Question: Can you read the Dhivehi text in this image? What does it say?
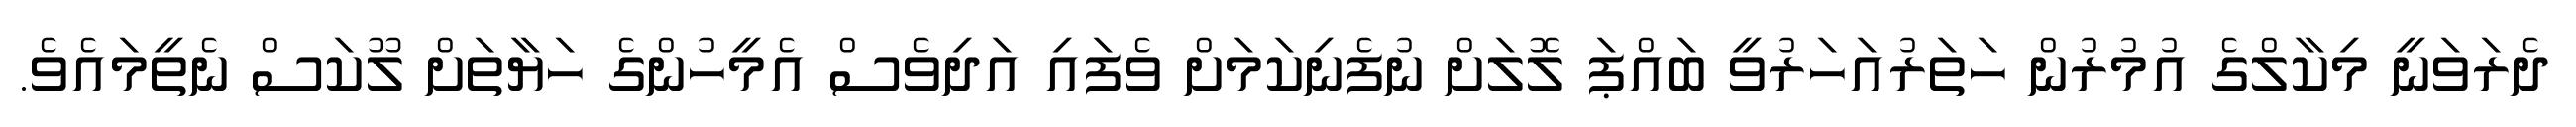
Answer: ދެރަވަނީ މިކާލްގެ އުމުރުން ހަތަރުއަހަރުވީ ބައްޕަ ލޮލަށް ނުފެނިކަމަށް ވެފައި އަދިވެސް އެމީހުންގެ ހަޔާތަށް ލޫކަސް ނެތީމައެވެ.